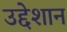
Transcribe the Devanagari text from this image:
उद्देशान